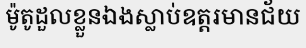
ម៉ូតូដួលខ្លួនឯងស្លាប់ឧត្តរមានជ័យ